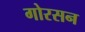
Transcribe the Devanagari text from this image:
गोरसन